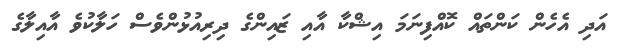
އަދި އެހެން ކަންތައް ކޮއްފިނަމަ އިޝްކާ އާއި ޒައިންގެ ދިރިއުޅުންވެސް ހަލާކުވެ އާއިލާގެ